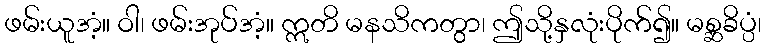
ဖမ်းယူအံ့။ ဝါ၊ ဖမ်းအုပ်အံ့။ ဣတိ မနသိကတွာ၊ ဤသို့နှလုံးပိုက်၍။ မစ္ဆခိပ္ပံ၊